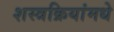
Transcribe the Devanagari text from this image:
शस्त्रक्रियांमधे